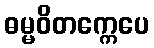
ဓမ္မဝိတက္ကေပေ